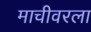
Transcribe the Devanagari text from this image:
माचीवरला